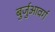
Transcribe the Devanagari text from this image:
बुर्जुआवर्ग